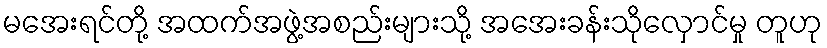
မအေးရင်တို့ အထက်အဖွဲ့အစည်းများသို့ အအေးခန်းသိုလှောင်မှု တူဟု